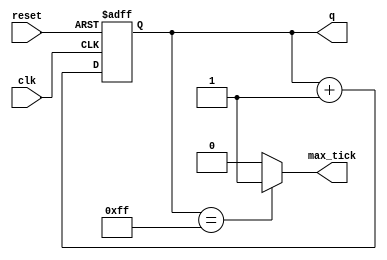
//Listing 7.8
//Chapter 7
//Page 183
//Copyright 2008

module bin_counter_terse
    #(
      parameter N = 8
     )
    (
     input wire clk, reset,
     output wire max_tick,
     output reg [N-1:0] q
    );
    
    // body
    always @(posedge clk, posedge reset)
    begin
        if (reset)
            q <= 0;
        else
            q <= q + 1;
    end
    
    // output logic
    assign max_tick = (q == 2**N - 1) ? 1'b1 : 1'b0;
    
endmodule           // bin_counter_terse